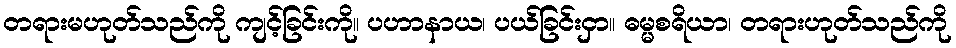
တရားမဟုတ်သည်ကို ကျင့်ခြင်းကို။ ပဟာနာယ၊ ပယ်ခြင်းငှာ။ ဓမ္မစရိယာ၊ တရားဟုတ်သည်ကို